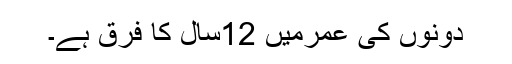
دونوں کی عمرمیں 12سال کا فرق ہے۔